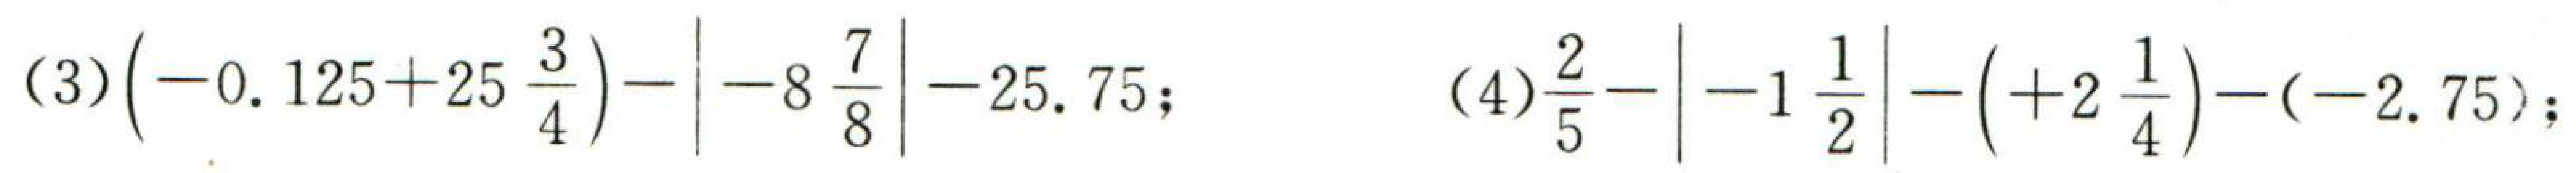
(3) \(\left(-0.125 + 25\frac{3}{4}\right)-\left|-8\frac{7}{8}\right|-25.75\); (4) \(\frac{2}{5}-\left|-1\frac{1}{2}\right|-( + 2\frac{1}{4})-(-2.75)\);